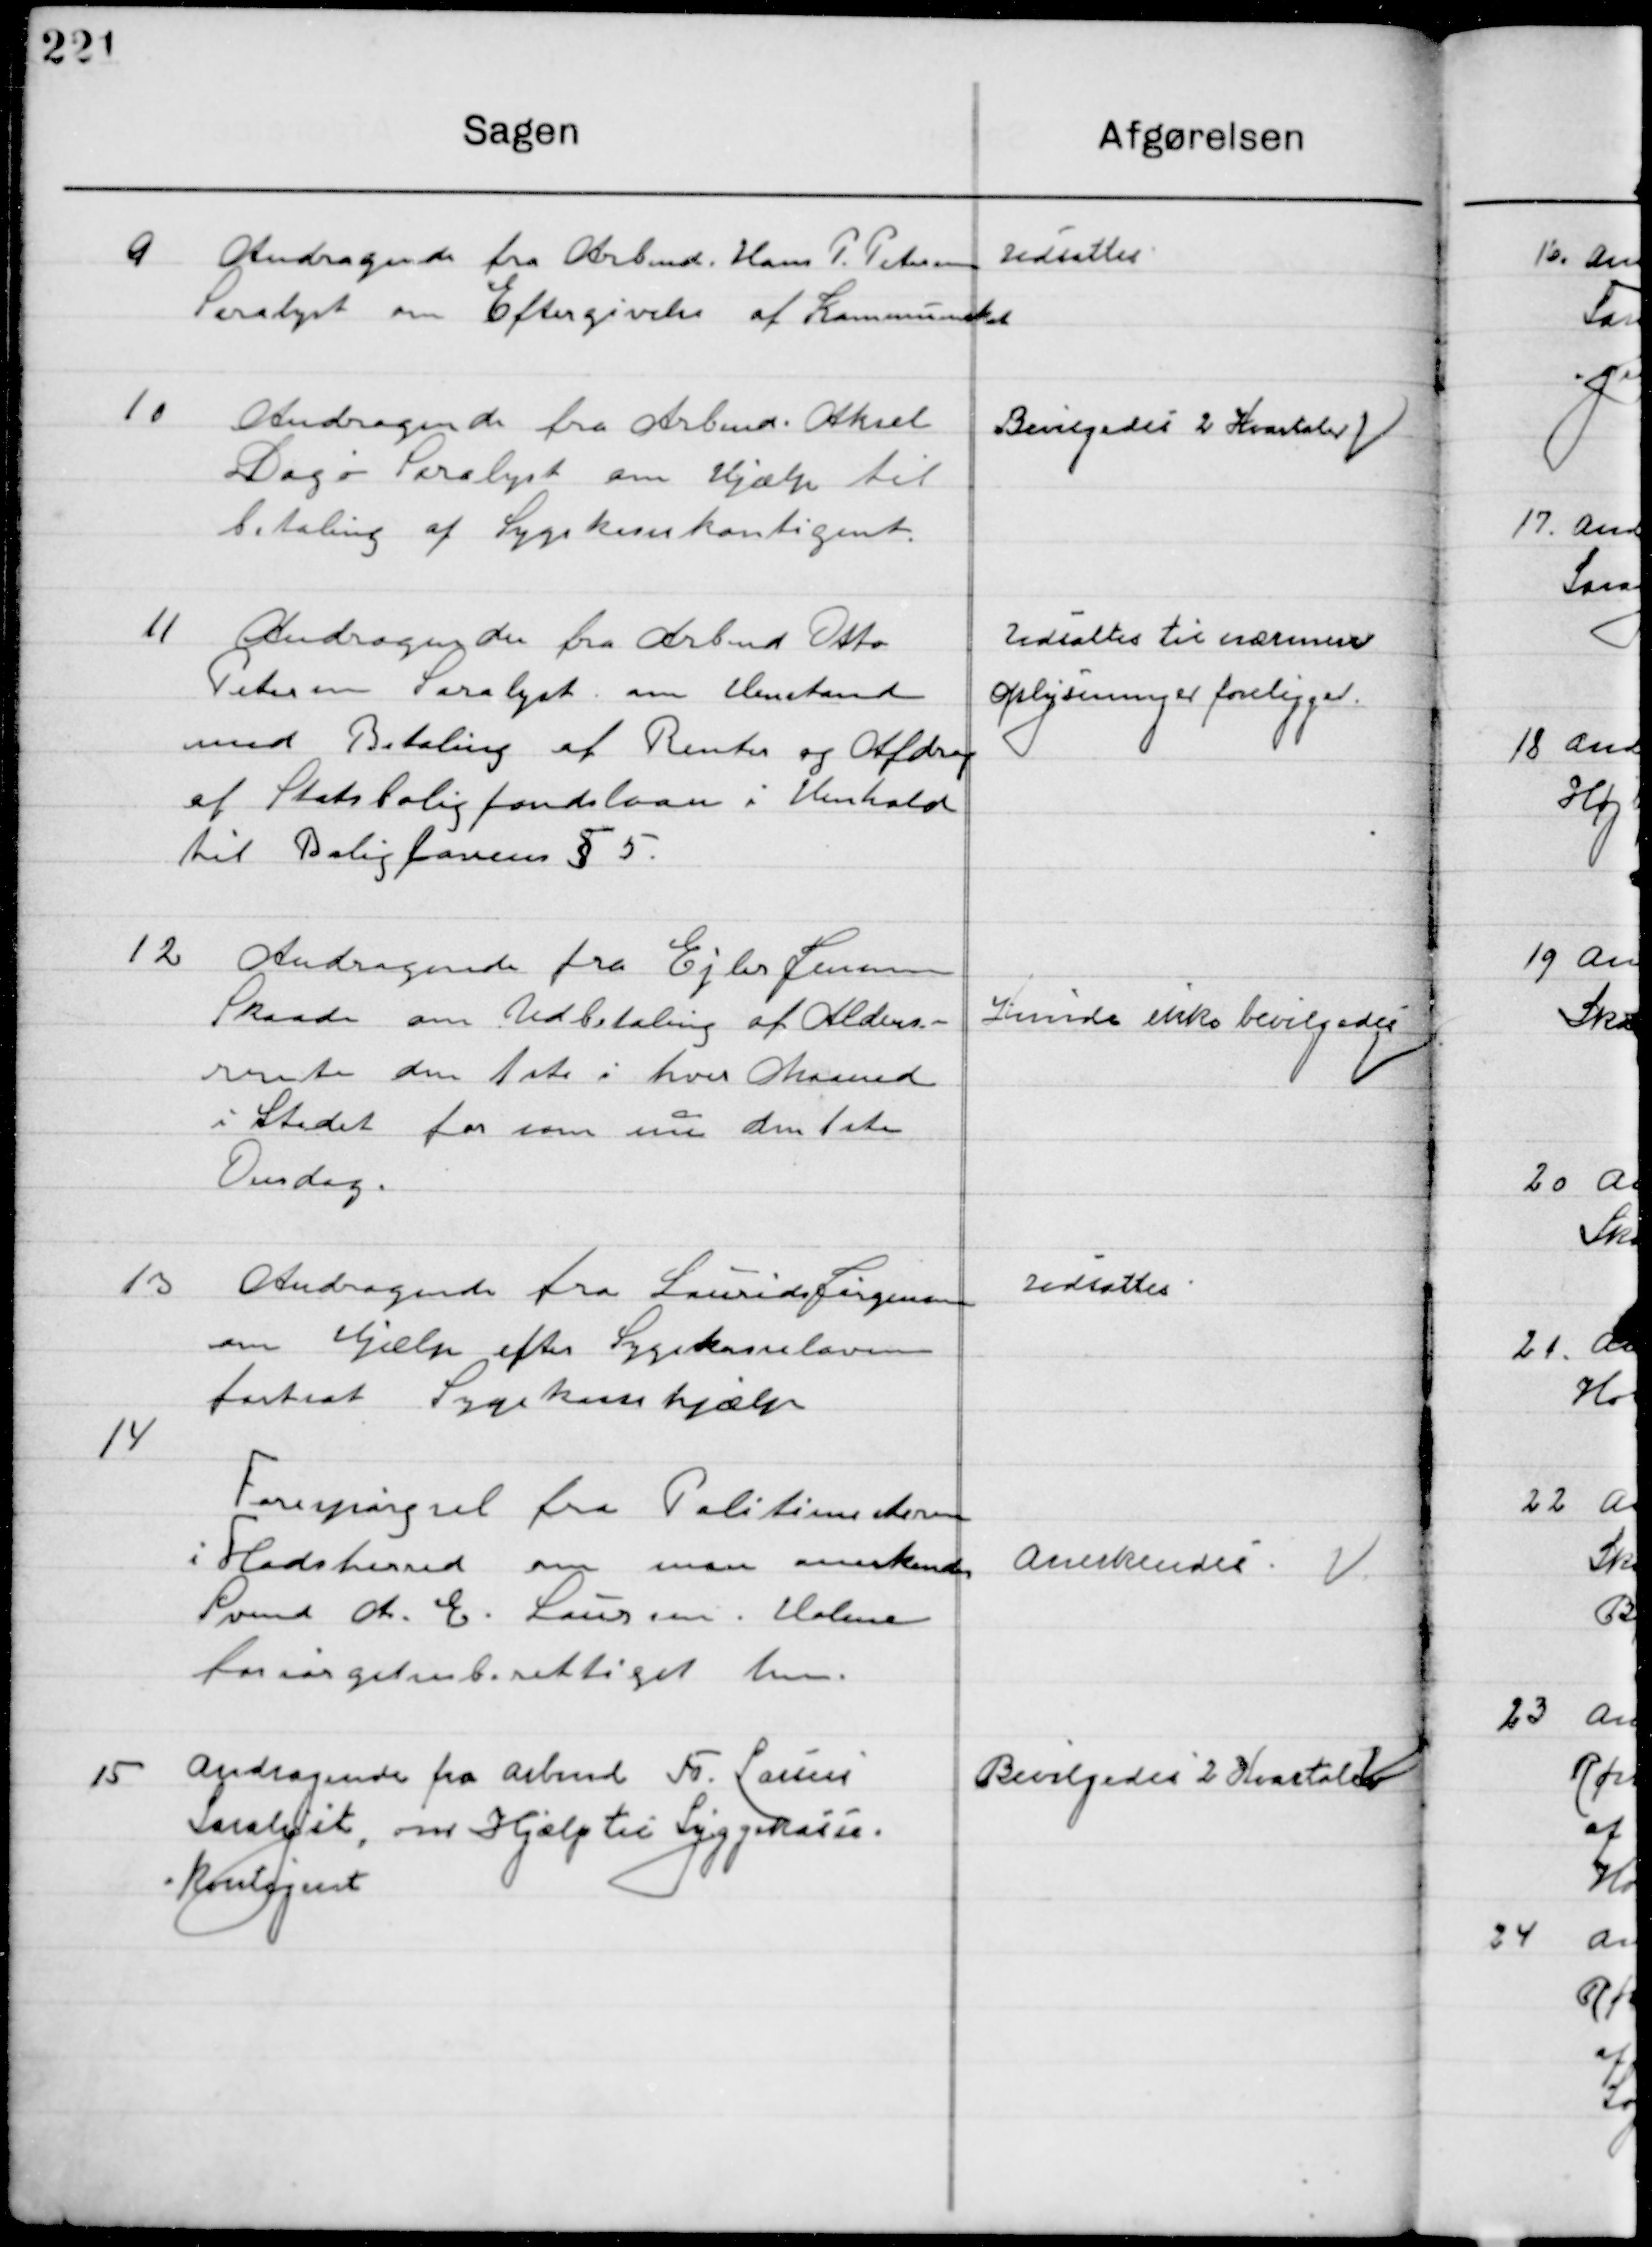
Transskription:
9

Andragende fra Arbmd. Hans P. Petersen
Saralyst om Eftergivelse af Kommuneskat.

Udsættes

10

Andragende fra Arbmd. Aksel
Dagø Saralyst om Hjælp til 
Betaling af Sygekassekontingent.

Bevilgedes 2 Kvartaler

11

Andragende fra Arbmd. Otto
Pedersen Saralyst om Henstand
med Betaling af Renter og Afdrag
af Statsboligfondslaan i Henhold .	
til Boliglovens § 5

Udsættes til nærmere
Afgørelse foreligger

12

Andragende fra Ejler Jensen
Skaade om Udbetaling af Alders-
rente den 1. i hver Maaned
i Stedet for som nu den 1ste 
Onsdag.

Kunde ikke bevilgedes

13

Andragende fra Laurits Sørensen
Om Hjælp efter Sygekasseloven
Fortsat Sygekassehjælp

Udsættes

14

Forespørgsel fra Politimesteren 
I Hads herred om man anerkender
Svend A. E. Laursen Holme
Forsørgelsesberettiget her.

Anerkendes

15

Andragende fra Arbmd. Fr. Lauris
Saralyst, om Hjælp til Sygekasse-
kontingent.

Bevilgedes 2 Kvartaler